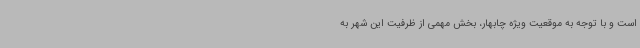
است و با توجه به موقعیت ویژه چابهار، بخش مهمی از ظرفیت این شهر به